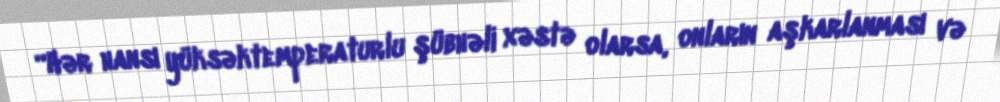
“Hər hansı yüksəktemperaturlu şübhəli xəstə olarsa, onların aşkarlanması və